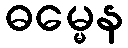
ဓမ္မေန